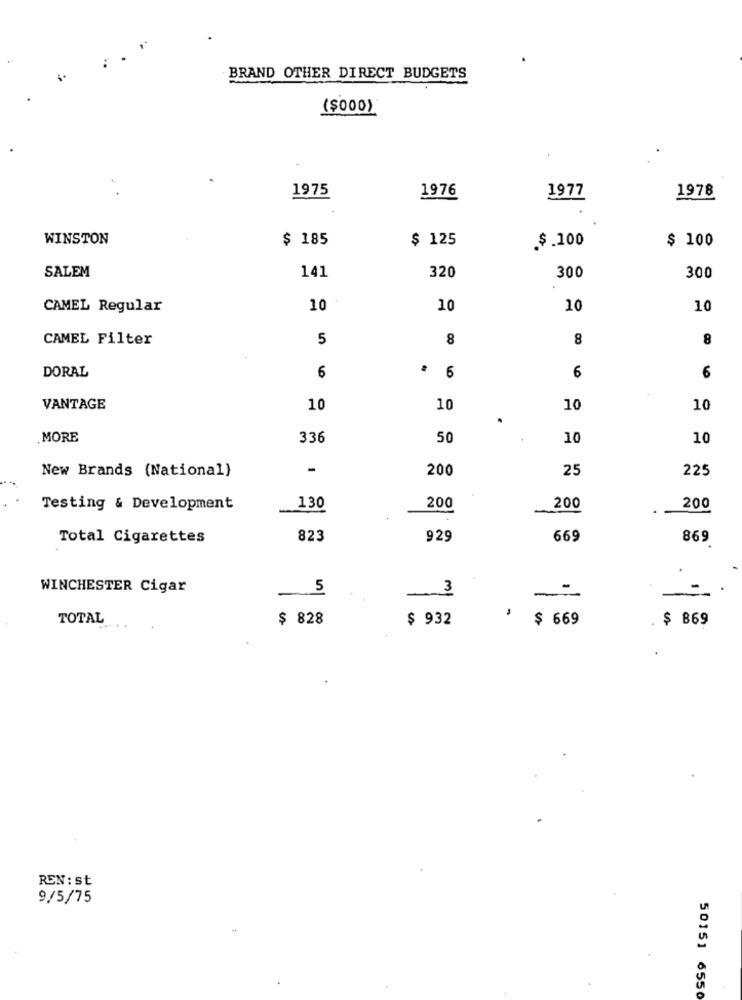
BRAND OTHER DIRECT BUDGETS
($000)
1975
1976
1978
1977
WINSTON
$ 185
$ 125
.$.100
$ 100
SALEM
141
320
300
300
CAMEL Regular
10
10
10
10
CAMEL Filter
5
8
8
8
DORAL
6
6
6
6
VANTAGE
10
10
10
10
MORE
336
50
10
10
New Brands (National)
200
25
225
Testing & Development
130
200
200
200
Total Cigarettes
823
929
669
869
WINCHESTER Cigar
5
3
-
-
TOTAL
$ 828
$ 932
$ 669
. $ 869
REN: st
9/5/75
50151 6550